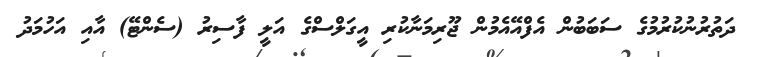
ދަތުރުނުކުރުމުގެ ސަބަބުން އެފްއޭއެމުން ޖޫރިމަނާކުރި އީގަލްސްގެ އަލީ ފާސިރު (ސެންޓޭ) އާއި އަހުމަދު